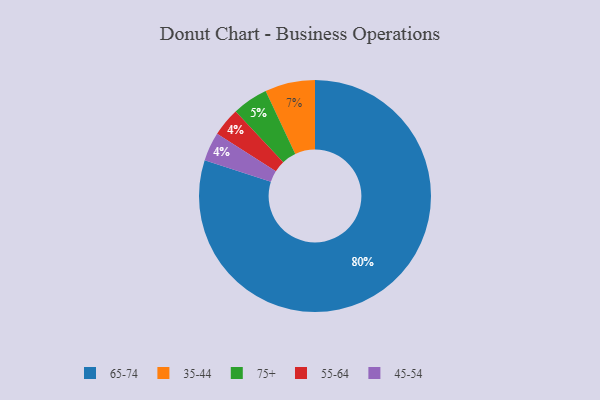
{"axis": {"x": "Category", "y": "Percentage"}, "legend": ["35-44", "45-54", "55-64", "65-74", "75+"], "data": [{"x": "75+", "y": 5, "type": "75+"}, {"x": "65-74", "y": 80, "type": "65-74"}, {"x": "55-64", "y": 4, "type": "55-64"}, {"x": "35-44", "y": 7, "type": "35-44"}, {"x": "45-54", "y": 4, "type": "45-54"}]}